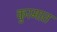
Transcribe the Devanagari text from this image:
कुरमात